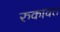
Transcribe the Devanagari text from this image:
रुकावत